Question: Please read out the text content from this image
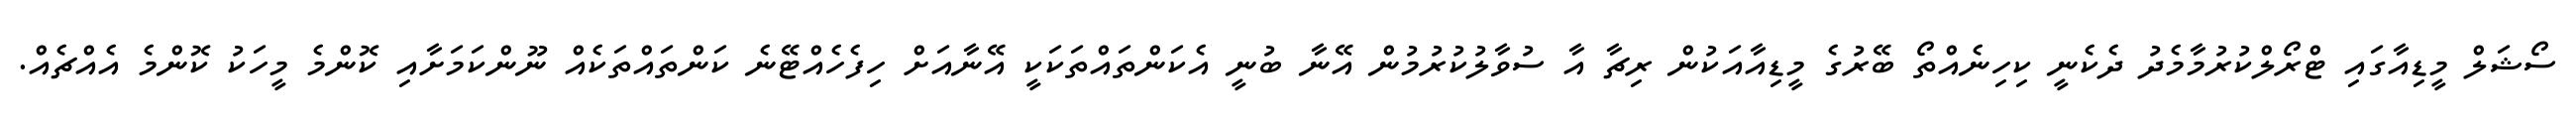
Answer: ސޯޝަލް މީޑިއާގައި ޓްރޯލްކުރުމާމެދު ދެކެނީ ކިހިނެއްތޯ ބޭރުގެ މީޑިއާއަކުން ރިޗާ އާ ސުވާލުކުރުމުން އޭނާ ބުނީ އެކަންތައްތަކަކީ އޭނާއަށް ހިފެހެއްޓޭނެ ކަންތައްތަކެއް ނޫންކަމަށާއި ކޮންމެ މީހަކު ކޮންމެ އެއްޗެއް.